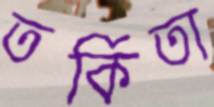
তর্কিতা